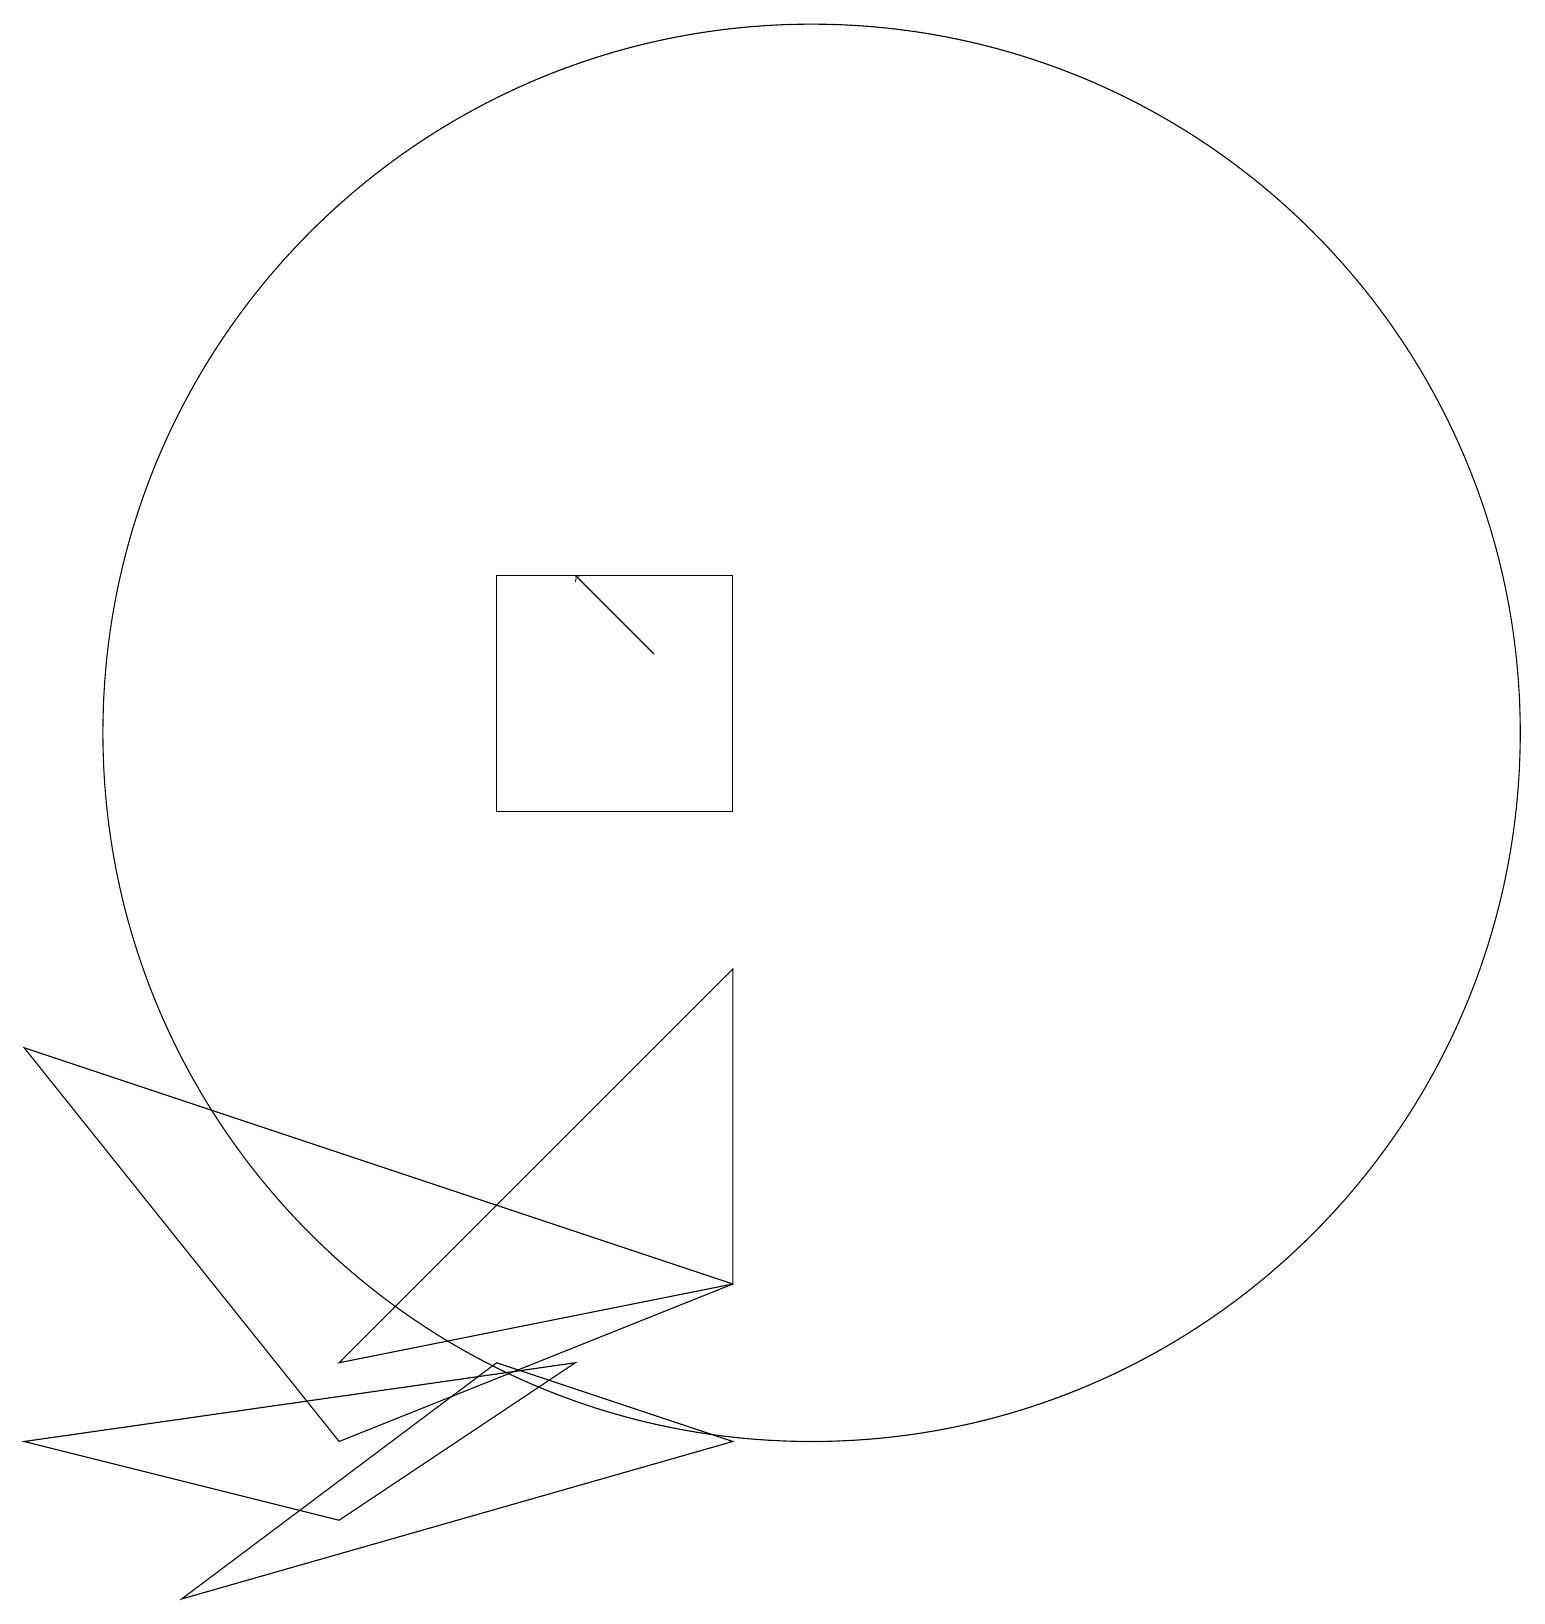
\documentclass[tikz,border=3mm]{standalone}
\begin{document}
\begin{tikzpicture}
\draw (6,3) -- (2,0) -- (9,2) -- cycle;
\draw (10,11) circle (9);
\draw (9,8) -- (9,4) -- (4,3) -- cycle;
\draw (4,1) -- (7,3) -- (0,2) -- cycle;
\draw (6,13) rectangle (9,10);
\draw[->] (8,12) -- (7,13);
\draw (9,4) -- (0,7) -- (4,2) -- cycle;
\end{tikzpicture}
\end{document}